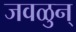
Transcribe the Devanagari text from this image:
जवळुन्